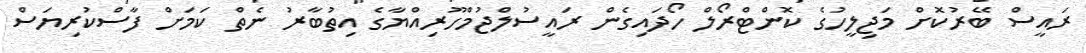
ރައީސް ބޭރުކޮށް މަޖިލީހުގެ ކޮންޓްރޯލް ހޯދައިގެން ރައީސުލްޖުމްހޫރިއްޔާގެ އިތުބާރު ނެތް ކަމަށް ފާސްކުރިޔަސް